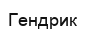
Гендрик